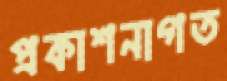
প্রকাশনাগত